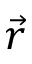
\vec { r }